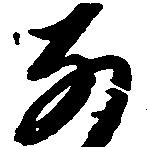
な